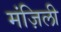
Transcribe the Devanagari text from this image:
मंज़िली